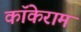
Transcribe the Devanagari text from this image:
कॉकेराम